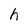
Character: h